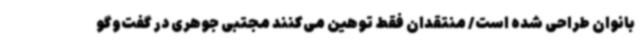
بانوان طراحی شده است/ منتقدان فقط توهین می‌کنند مجتبی جوهری در گفت‌وگو